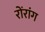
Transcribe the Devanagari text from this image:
रोंरांग